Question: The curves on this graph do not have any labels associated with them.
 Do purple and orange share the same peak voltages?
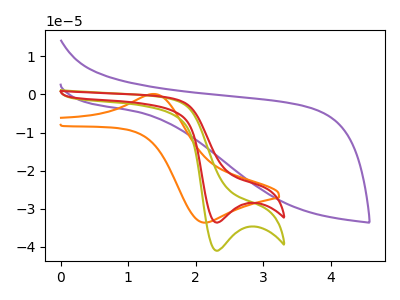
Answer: <think>The purple curve "purple" has no peaks. The orange curve "orange" has an anodic peak at (1.40V, 0.10uA) and a cathodic peak at (2.10V, -33.60uA). The olive curve "olive" has a cathodic peak at: (2.30V, -41.00uA). The red curve "red" has a cathodic peak at: (2.30V, -33.60uA).</think>
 <answer>No, "purple" and "orange" have a different number of peaks.</answer>
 <eval>different_amount</eval>